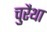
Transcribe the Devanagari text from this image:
चुरैथा